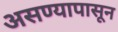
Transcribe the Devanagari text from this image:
असण्यापासून